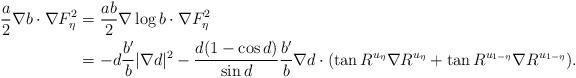
LaTeX: \begin{align*}\frac{a}{2} \nabla b\cdot \nabla F_\eta^2 &= \frac{ab}{2} \nabla \log b\cdot \nabla F_\eta^2 \\&= -d \frac{b'}{b} |\nabla d |^2-\frac{d(1-\cos d)}{\sin d} \frac{b'}{b} \nabla d\cdot( \tan R^{u_\eta} \nabla R^{u_\eta} + \tan R^{u_{1-\eta}} \nabla R^{u_{1-\eta}} ).\end{align*}